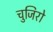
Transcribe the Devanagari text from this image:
चुजिरो